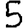
Digit: 5